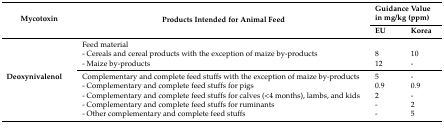
<table><thead><tr><td rowspan="2"><b>Mycotoxin</b></td><td rowspan="2"><b>Products Intended for Animal Feed</b></td><td colspan="2"><b>Guidance Value in mg/kg (ppm)</b></td></tr><tr><td><b>EU</b></td><td><b>Korea</b></td></tr></thead><tbody><tr><td rowspan="8"><b>Deoxynivalenol</b></td><td>Feed material</td><td colspan="2"></td></tr><tr><td>- Cereals and cereal products with the exception of maize by-products</td><td>8</td><td>10</td></tr><tr><td>- Maize by-products</td><td>12</td><td>-</td></tr><tr><td>Complementary and complete feed stuffs with the exception of maize by-products</td><td>5</td><td>-</td></tr><tr><td>- Complementary and complete feed stuffs for pigs</td><td>0.9</td><td>0.9</td></tr><tr><td>- Complementary and complete feed stuffs for calves (&lt;4 months), lambs, and kids</td><td>2</td><td>-</td></tr><tr><td>- Complementary and complete feed stuffs for ruminants</td><td>-</td><td>2</td></tr><tr><td>- Other complementary and complete feed stuffs</td><td>-</td><td>5</td></tr></tbody></table>